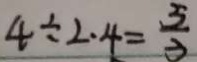
4 \div 2 \cdot 4 = \frac { 5 } { 3 }